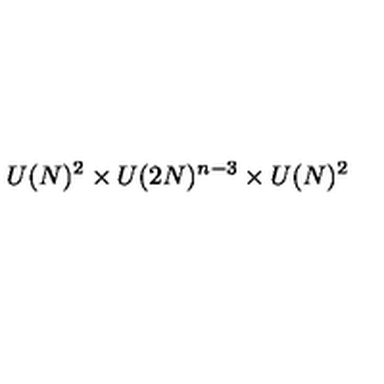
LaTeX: U ( N ) ^ { 2 } \times U ( 2 N ) ^ { n - 3 } \times U ( N ) ^ { 2 } \protect